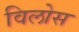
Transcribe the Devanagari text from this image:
विलोस